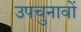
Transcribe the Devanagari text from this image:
उपचुनावों